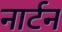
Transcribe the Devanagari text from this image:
नार्टन